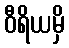
ဝီရိယမှိ